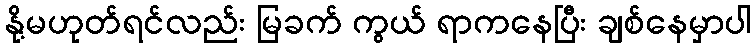
နို့မဟုတ်ရင်လည်း မြခက် ကွယ် ရာကနေပြီး ချစ်နေမှာပါ